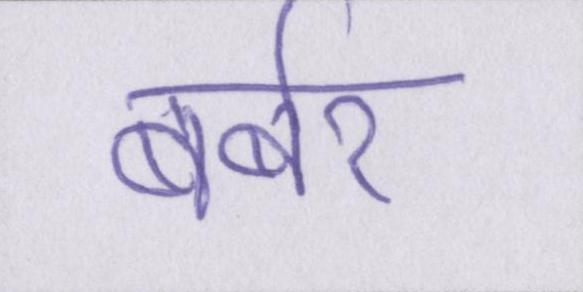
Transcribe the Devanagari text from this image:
बर्बर